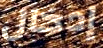
إدخال